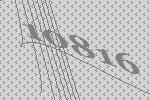
10816